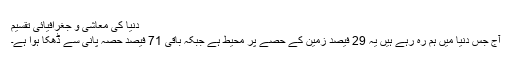
دنیا کی معاشی و جغرافیائی تقسیم
آج جس دنیا میں ہم رہ رہے ہیں یہ 29 فیصد زمین کے حصے پر محیط ہے جبکہ باقی 71 فیصد حصہ پانی سے ڈھکا ہوا ہے۔